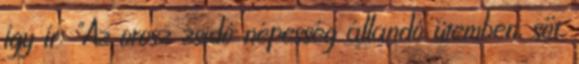
így ír: "Az orosz zsidó népesség állandó ütemben, sőt,